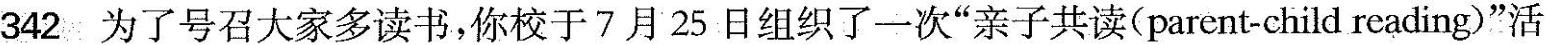
342为了号召大家多读书，你校于7月25日组织了一次”亲子共读(parent-child reading)”活